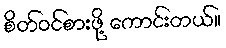
စိတ်ဝင်စားဖို့ ကောင်းတယ်။